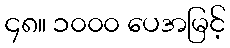
၄၈။ ၁၀၀၀ ပေအမြင့်